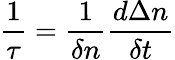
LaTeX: \frac{1}{\tau}=\frac{1}{\delta n}\frac{d\Delta n}{\delta t}